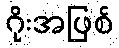
ဂိုးအဖြစ်